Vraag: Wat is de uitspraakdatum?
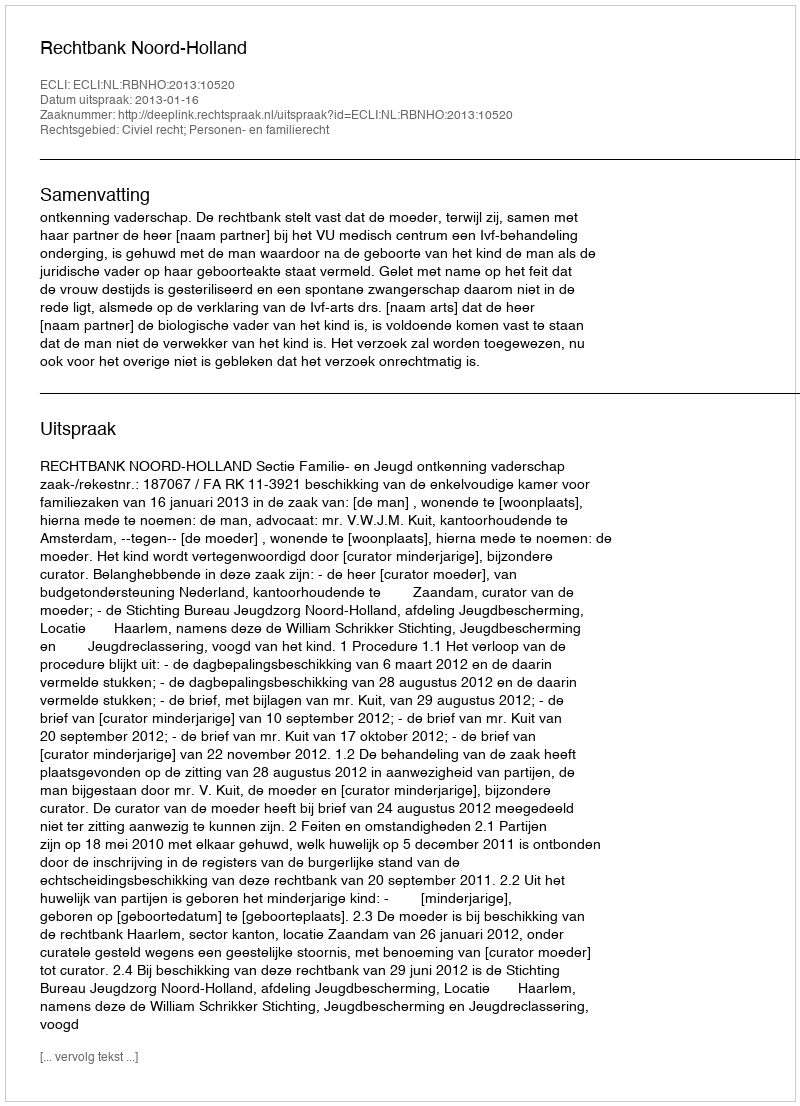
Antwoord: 2013-01-16